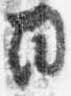
日